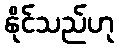
နိုင်သည်ဟု